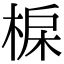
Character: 𣓅